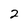
Character: 2